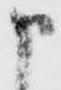
申